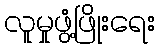
လူမှုဖွံ့ဖြိုးရေး